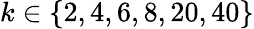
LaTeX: k\in\{ 2,4,6,8,20,40\}